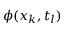
\phi ( \boldsymbol { x } _ { k } , t _ { l } )